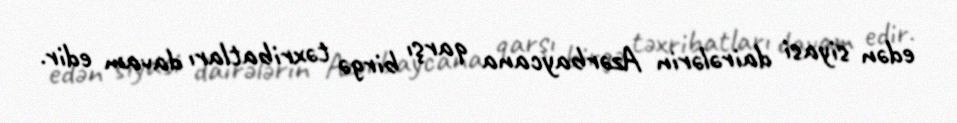
edən siyasi dairələrin Azərbaycana qarşı birgə təxribatları davam edir.